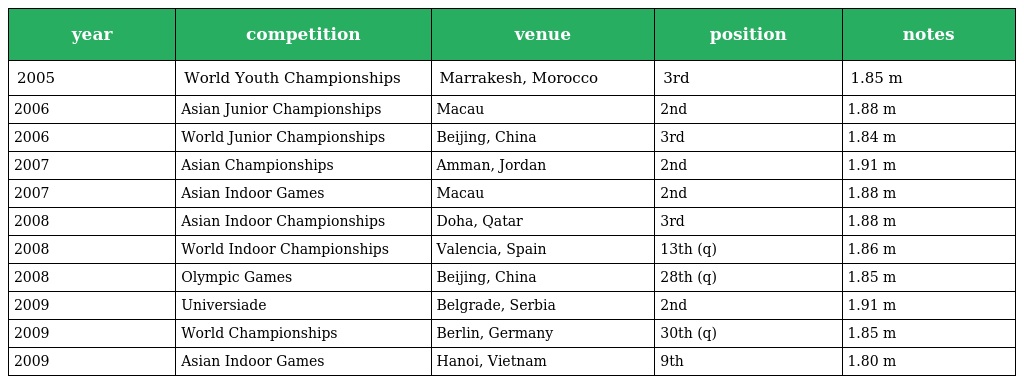
| year | competition | venue | position | notes |
 | --- | --- | --- | --- | --- |
 | 2005 | World Youth Championships | Marrakesh, Morocco | 3rd | 1.85 m |
 | 2006 | Asian Junior Championships | Macau | 2nd | 1.88 m |
 | 2006 | World Junior Championships | Beijing, China | 3rd | 1.84 m |
 | 2007 | Asian Championships | Amman, Jordan | 2nd | 1.91 m |
 | 2007 | Asian Indoor Games | Macau | 2nd | 1.88 m |
 | 2008 | Asian Indoor Championships | Doha, Qatar | 3rd | 1.88 m |
 | 2008 | World Indoor Championships | Valencia, Spain | 13th (q) | 1.86 m |
 | 2008 | Olympic Games | Beijing, China | 28th (q) | 1.85 m |
 | 2009 | Universiade | Belgrade, Serbia | 2nd | 1.91 m |
 | 2009 | World Championships | Berlin, Germany | 30th (q) | 1.85 m |
 | 2009 | Asian Indoor Games | Hanoi, Vietnam | 9th | 1.80 m |